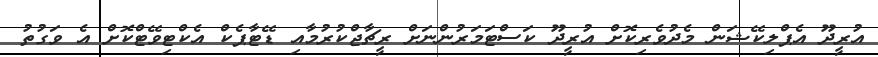
އުރީދޫ އެޕްލިކޭޝަން މެދުވެރިކޮށް އުރީދޫ ކަސްޓަމަރުންނަށް ރީޗާޖްކުރުމާއި ޑޭޓާޕެކް އެކްޓިވޭޓްކޮށް އެ ވަގުތު